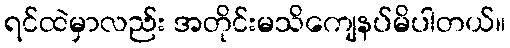
ရင်ထဲမှာလည်း အတိုင်းမသိကျေနပ်မိပါတယ်။